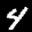
Label: 4